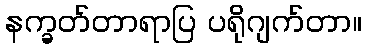
နက္ခတ်တာရာပြ ပရိုဂျက်တာ။